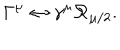
\Gamma ^ { \mu } \leftrightarrow \gamma ^ { \mu } \mathcal { R } _ { \mu / 2 } .